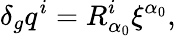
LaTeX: \delta_{g}q^{i}=R_{\alpha_{0}}^{i}\xi^{\alpha_{0}},